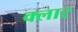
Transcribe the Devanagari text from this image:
क्लार